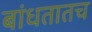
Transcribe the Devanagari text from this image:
बांधतातच